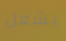
يشعل